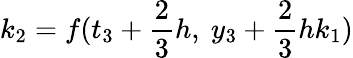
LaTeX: k_{2}=f(t_{3}+{\frac{2}{3}}h,\ y_{3}+{\frac{2}{3}}hk_{1})